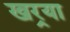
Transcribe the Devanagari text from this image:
खर्‍या